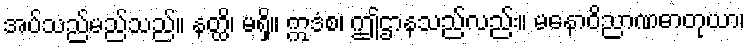
အပ်သည်မည်သည်။ နတ္ထိ၊ မရှိ။ ဣဒံစ၊ ဤဌာနသည်လည်း။ မနောဝိညာဏဓာတုယာ၊